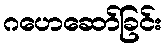
ဂဟေဆော်ခြင်း